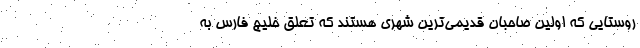
روستایی که اولین صاحبان قدیمی‌ترین شهری هستند که تعلق خلیج فارس به